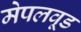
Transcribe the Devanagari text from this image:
मेपलवूड